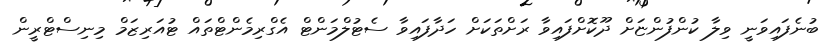
ބުނެފައިވަނީ ވިލާ ކުންފުންޏަށް ދޫކޮށްފައިވާ ރަށްތަކަށް ހަދާފައިވާ ސެޓުލްމަންޓް އެގްރިމެންޓްތައް ޓުއަރިޒަމް މިނިސްޓްރީން